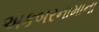
અકબરનામાના